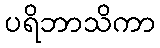
ပရိဘာသိကာ